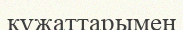
құжаттарымен